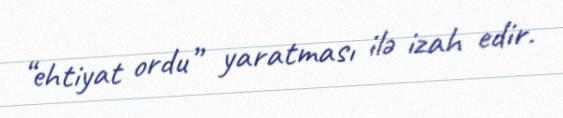
“ehtiyat ordu” yaratması ilə izah edir.